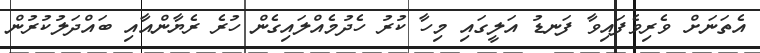
އެތަނަށް ވެރިވެފައިވާ ފަނޑު އަލީގައި މިހާ ކުރު ހެދުމެއްލައިގެން ހުރެ ރެޔާންއާއި ބައްދަލުކުރުން